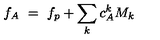
f _ { A } \ = \ f _ { p } + \sum _ { k } c _ { A } ^ { k } M _ { k }